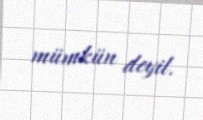
mümkün deyil.